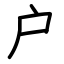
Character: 户